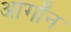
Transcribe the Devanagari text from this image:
आर्गॉन